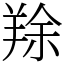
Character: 䍱